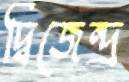
দ্বিজেন্দ্র